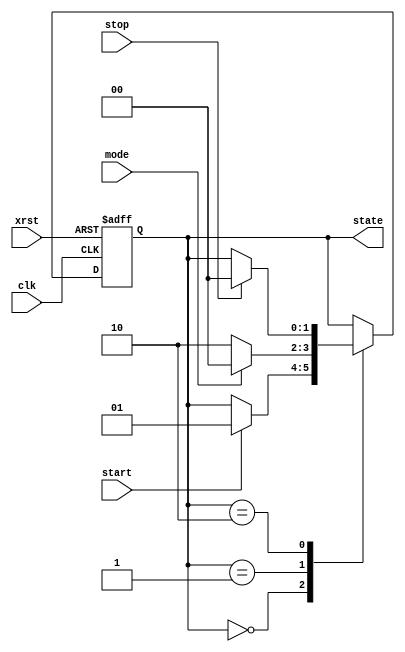
module fsm(clk,xrst,start,stop,mode,state);

	input clk;
	input xrst;
	input start;
	input stop;
	input mode;
	output [1:0] state;

	reg  [1:0] st_reg;

	//state name
	parameter INIT = 2'd0;
	parameter RUN  = 2'd1;
	parameter WAIT = 2'd2;

	always @(posedge clk or negedge xrst) begin
		if (xrst == 1'b0)
			st_reg <= INIT;
		else begin
			case(st_reg)
				INIT:
					if(start == 1'b1)
						st_reg <= RUN;
				RUN:
					if(mode == 1'b1)
						st_reg <= INIT;
					else
						st_reg <= WAIT;
				WAIT:
					if(stop == 1'b1)
						st_reg <= INIT;
			endcase
		end
	end
	
	assign state = st_reg;
endmodule